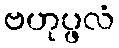
ဗဟုပ္ဖလံ